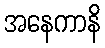
အနေကာနိ